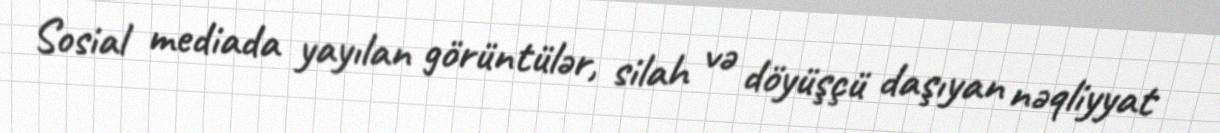
Sosial mediada yayılan görüntülər, silah və döyüşçü daşıyan nəqliyyat